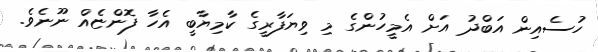
ހުސެއިން އަބްދު އަށް އެމީހުންގެ މި ވިޔަފާރީގެ ކާމިޔާބީ އެހާ ފޮންޏެއް ނޫނެވެ.